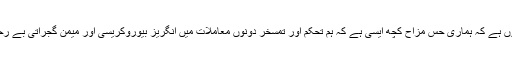
تبصرہ ایڈیٹر صاحب کا یوں ہے کہ ہماری حس مزاح کچھ ایسی ہے کہ ہم تحکم اور تمسخر دونوں معاملات میں انگریز بیوروکریسی اور میمن گجراتی بے رحمی کا مظاہرہ کرتے ہیں۔